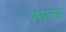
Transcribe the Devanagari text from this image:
परात्म